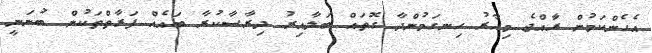
އެހެންކަމުން ރަާއްޖެ މިހާރު ހިނގަމުންދާ ގޮތައް ބަލާއިރު ދިރާސާކުރާ ބައެއް ފަރާތްތަކުން ބުނަނީ